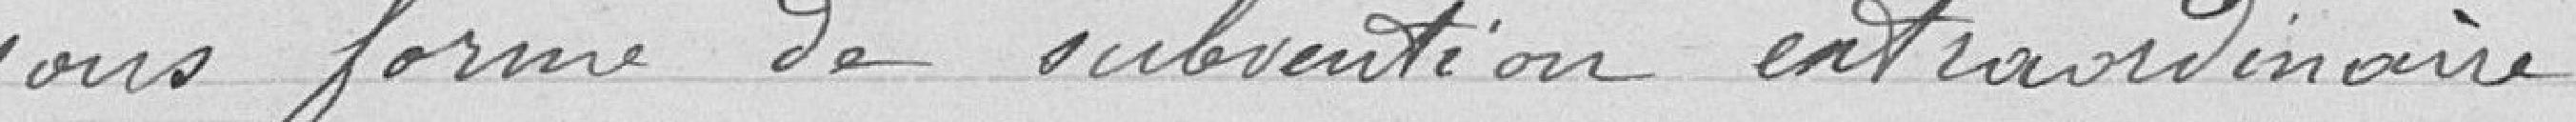
sous forme de subvention extraordinaire.